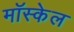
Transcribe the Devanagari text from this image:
मॉस्केल